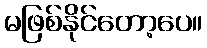
မဖြစ်နိုင်တော့ပေ။